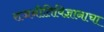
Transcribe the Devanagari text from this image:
राजनीतिविज्ञानाचा